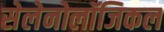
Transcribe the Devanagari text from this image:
सेलेनोलॉजिकल